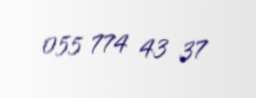
055 774 43 37